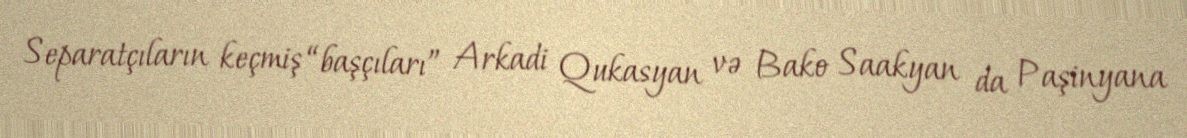
Separatçıların keçmiş “başçıları” Arkadi Qukasyan və Bako Saakyan da Paşinyana